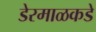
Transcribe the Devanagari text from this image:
डेरमाळकडे